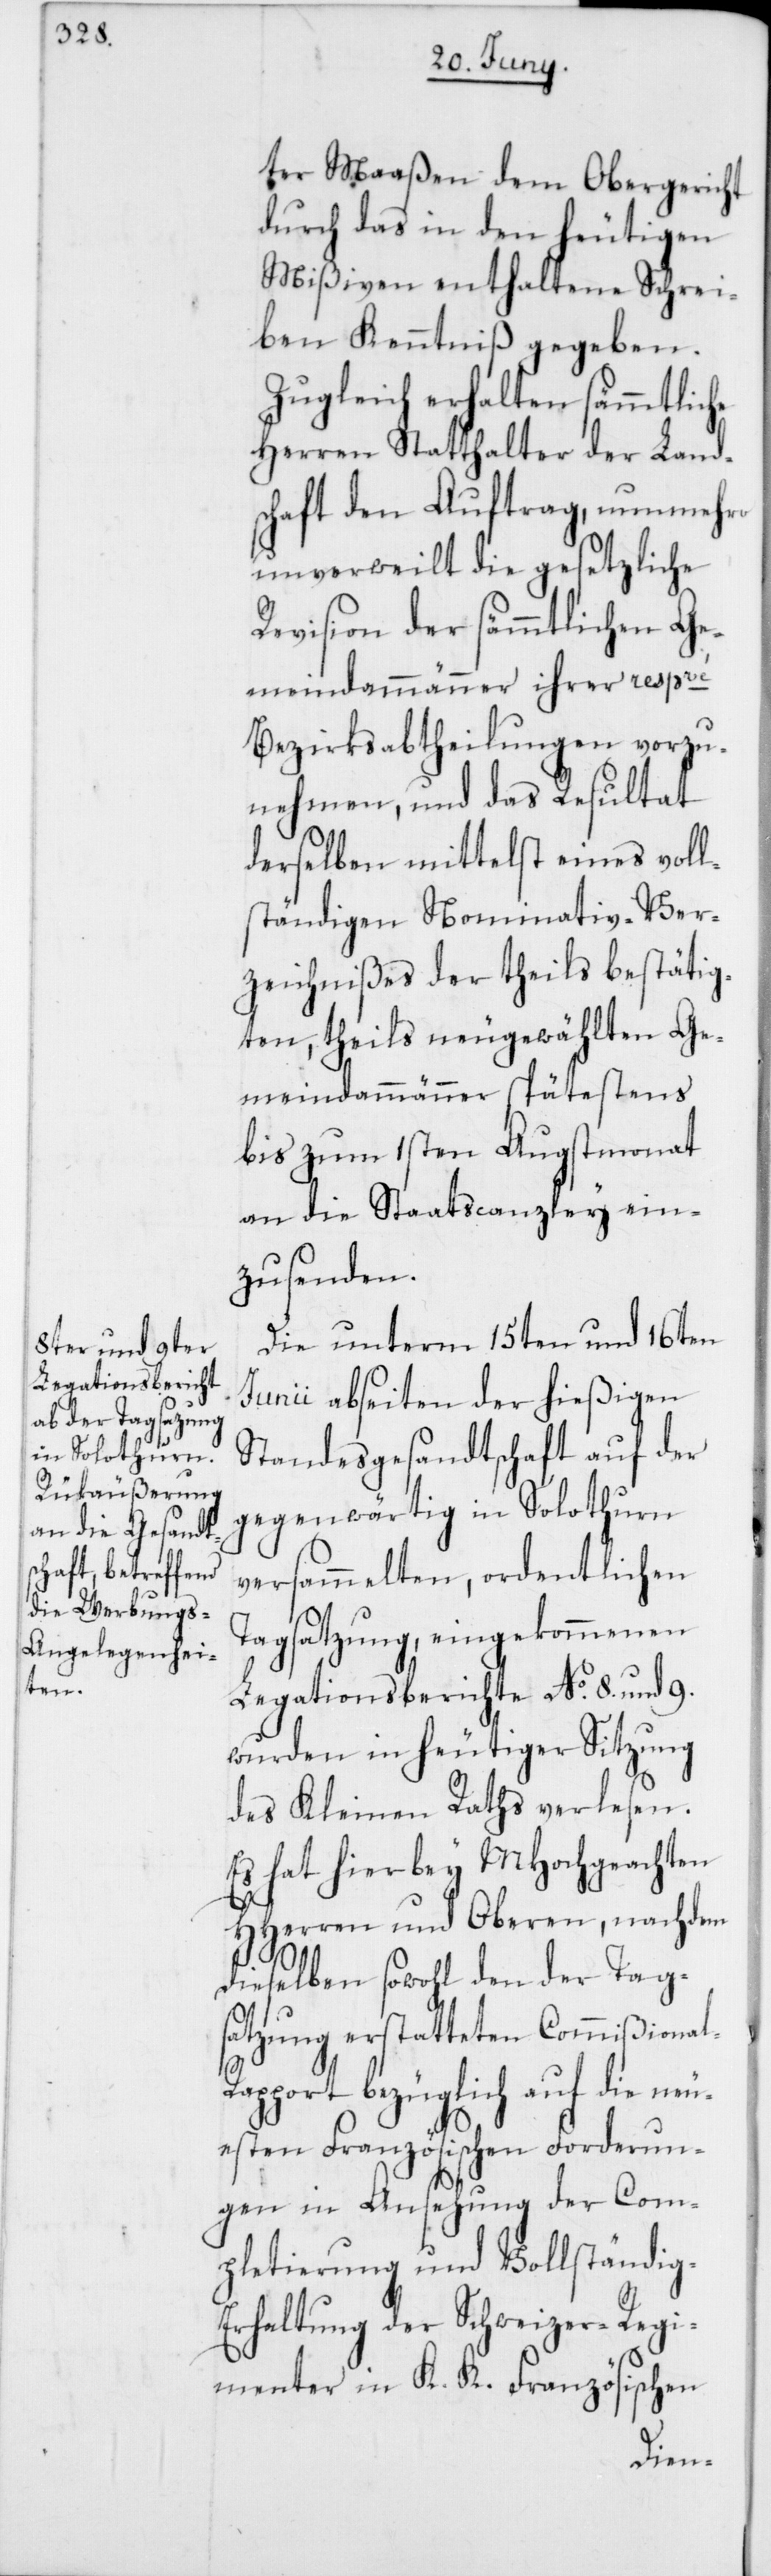
ter Maaßen dem Obergericht
durch das in den heutigen
Mißiven enthaltene Schrei¬
ben Kenntniß gegeben.
Zugleich erhalten sämmtliche
Herren Statthalter der Lands¬
chaft den Auftrag, nunmehro
unverweilt die gesetzliche
Revision der sämmtlichen Ge¬
meindammänner ihrer respvé
Bezirksabtheilungen vorzu¬
nehmen, und das Resultat
derselben mittelst eines voll¬
ständigen Nominativ-Ver¬
zeichnißes der theils bestätig¬
ten, theils neugewählten Ge¬
meindammänner spätestens
bis zum 1sten Augstmonat
an die Staatscanzley ein¬
zusenden.
Die unterm 15ten und 16ten
Junii abseiten der hießigen
Standesgesandtschaft auf der
gegenwärtig in Solothurn
versammelten, ordentlichen
Tagsatzung, eingekommenen
Legationsberichte No. 8. und 9.
wurden in heutiger Sitzung
des Kleinen Raths verlesen.
Es hat hierbey MHochgeachten
HHerren und Oberen, nachdem
dieselben sowohl den der Tag¬
satzung erstatteten Commißional-R¬
apport bezüglich auf die neu¬
esten Französischen Forderun¬
gen in Ansehung der Com¬
pletierung und Vollständig-E¬
rhaltung der Schweizer-Regi¬
menter in K. K. Französischen